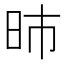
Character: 昁